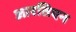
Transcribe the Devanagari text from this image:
आरतिएन